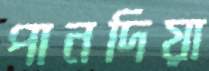
পানদিয়া